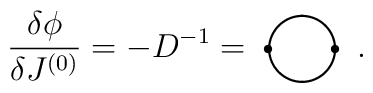
\frac{\delta \phi}{\delta J^{(0)}}=-D^{-1}=\setlength{\unitlength}{1mm}\begin{picture}(13,10)(-2,0)\thicklines\put(4,1){\circle{8}}\put(-0.25,1){\circle*{1}}\put(8.25,1){\circle*{1}}\end{picture}.